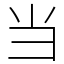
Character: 当